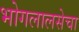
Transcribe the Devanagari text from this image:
भोगलालसेचा